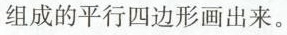
组成的平行四边形画出来